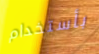
بأستخدام